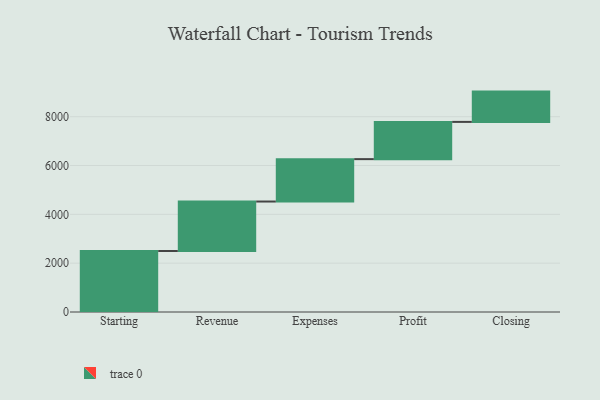
{"axis": {"x": "Step", "y": "Value"}, "legend": [""], "data": [{"x": "Starting", "y": 2498.0, "type": ""}, {"x": "Revenue", "y": 2027.0, "type": ""}, {"x": "Expenses", "y": 1737.0, "type": ""}, {"x": "Profit", "y": 1525.0, "type": ""}, {"x": "Closing", "y": 1241.0, "type": ""}]}